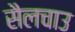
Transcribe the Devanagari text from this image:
सैलचाउ